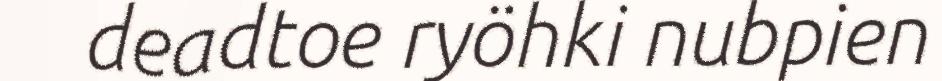
deadtoe ryöhki nubpien